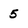
Character: 5